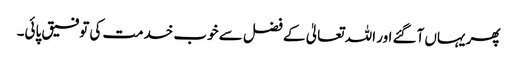
پھر یہاں آگئے اور اللہ تعالیٰ کے فضل سے خوب خدمت کی توفیق پائی۔